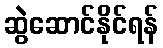
ဆွဲဆောင်နိုင်ရန်